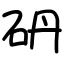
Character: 砃